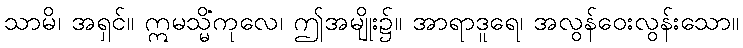
သာမိ၊ အရှင်။ ဣမသ္မိံကုလေ၊ ဤအမျိုး၌။ အာရာဒူရေ၊ အလွန်ဝေးလွန်းသော။